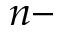
n -